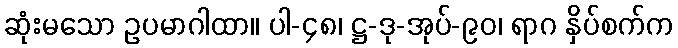
ဆုံးမသော ဥပမာဂါထာ။ ပါ-၄၈၊ ဋ္ဌ-ဒု-အုပ်-၉၀၊ ရာဂ နှိပ်စက်က